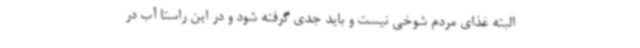
البته غذای مردم شوخی نیست و باید جدی گرفته شود و در این راستا آب در